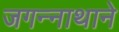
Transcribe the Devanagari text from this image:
जगन्‍नाथाने